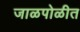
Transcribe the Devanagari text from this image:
जाळपोळीत